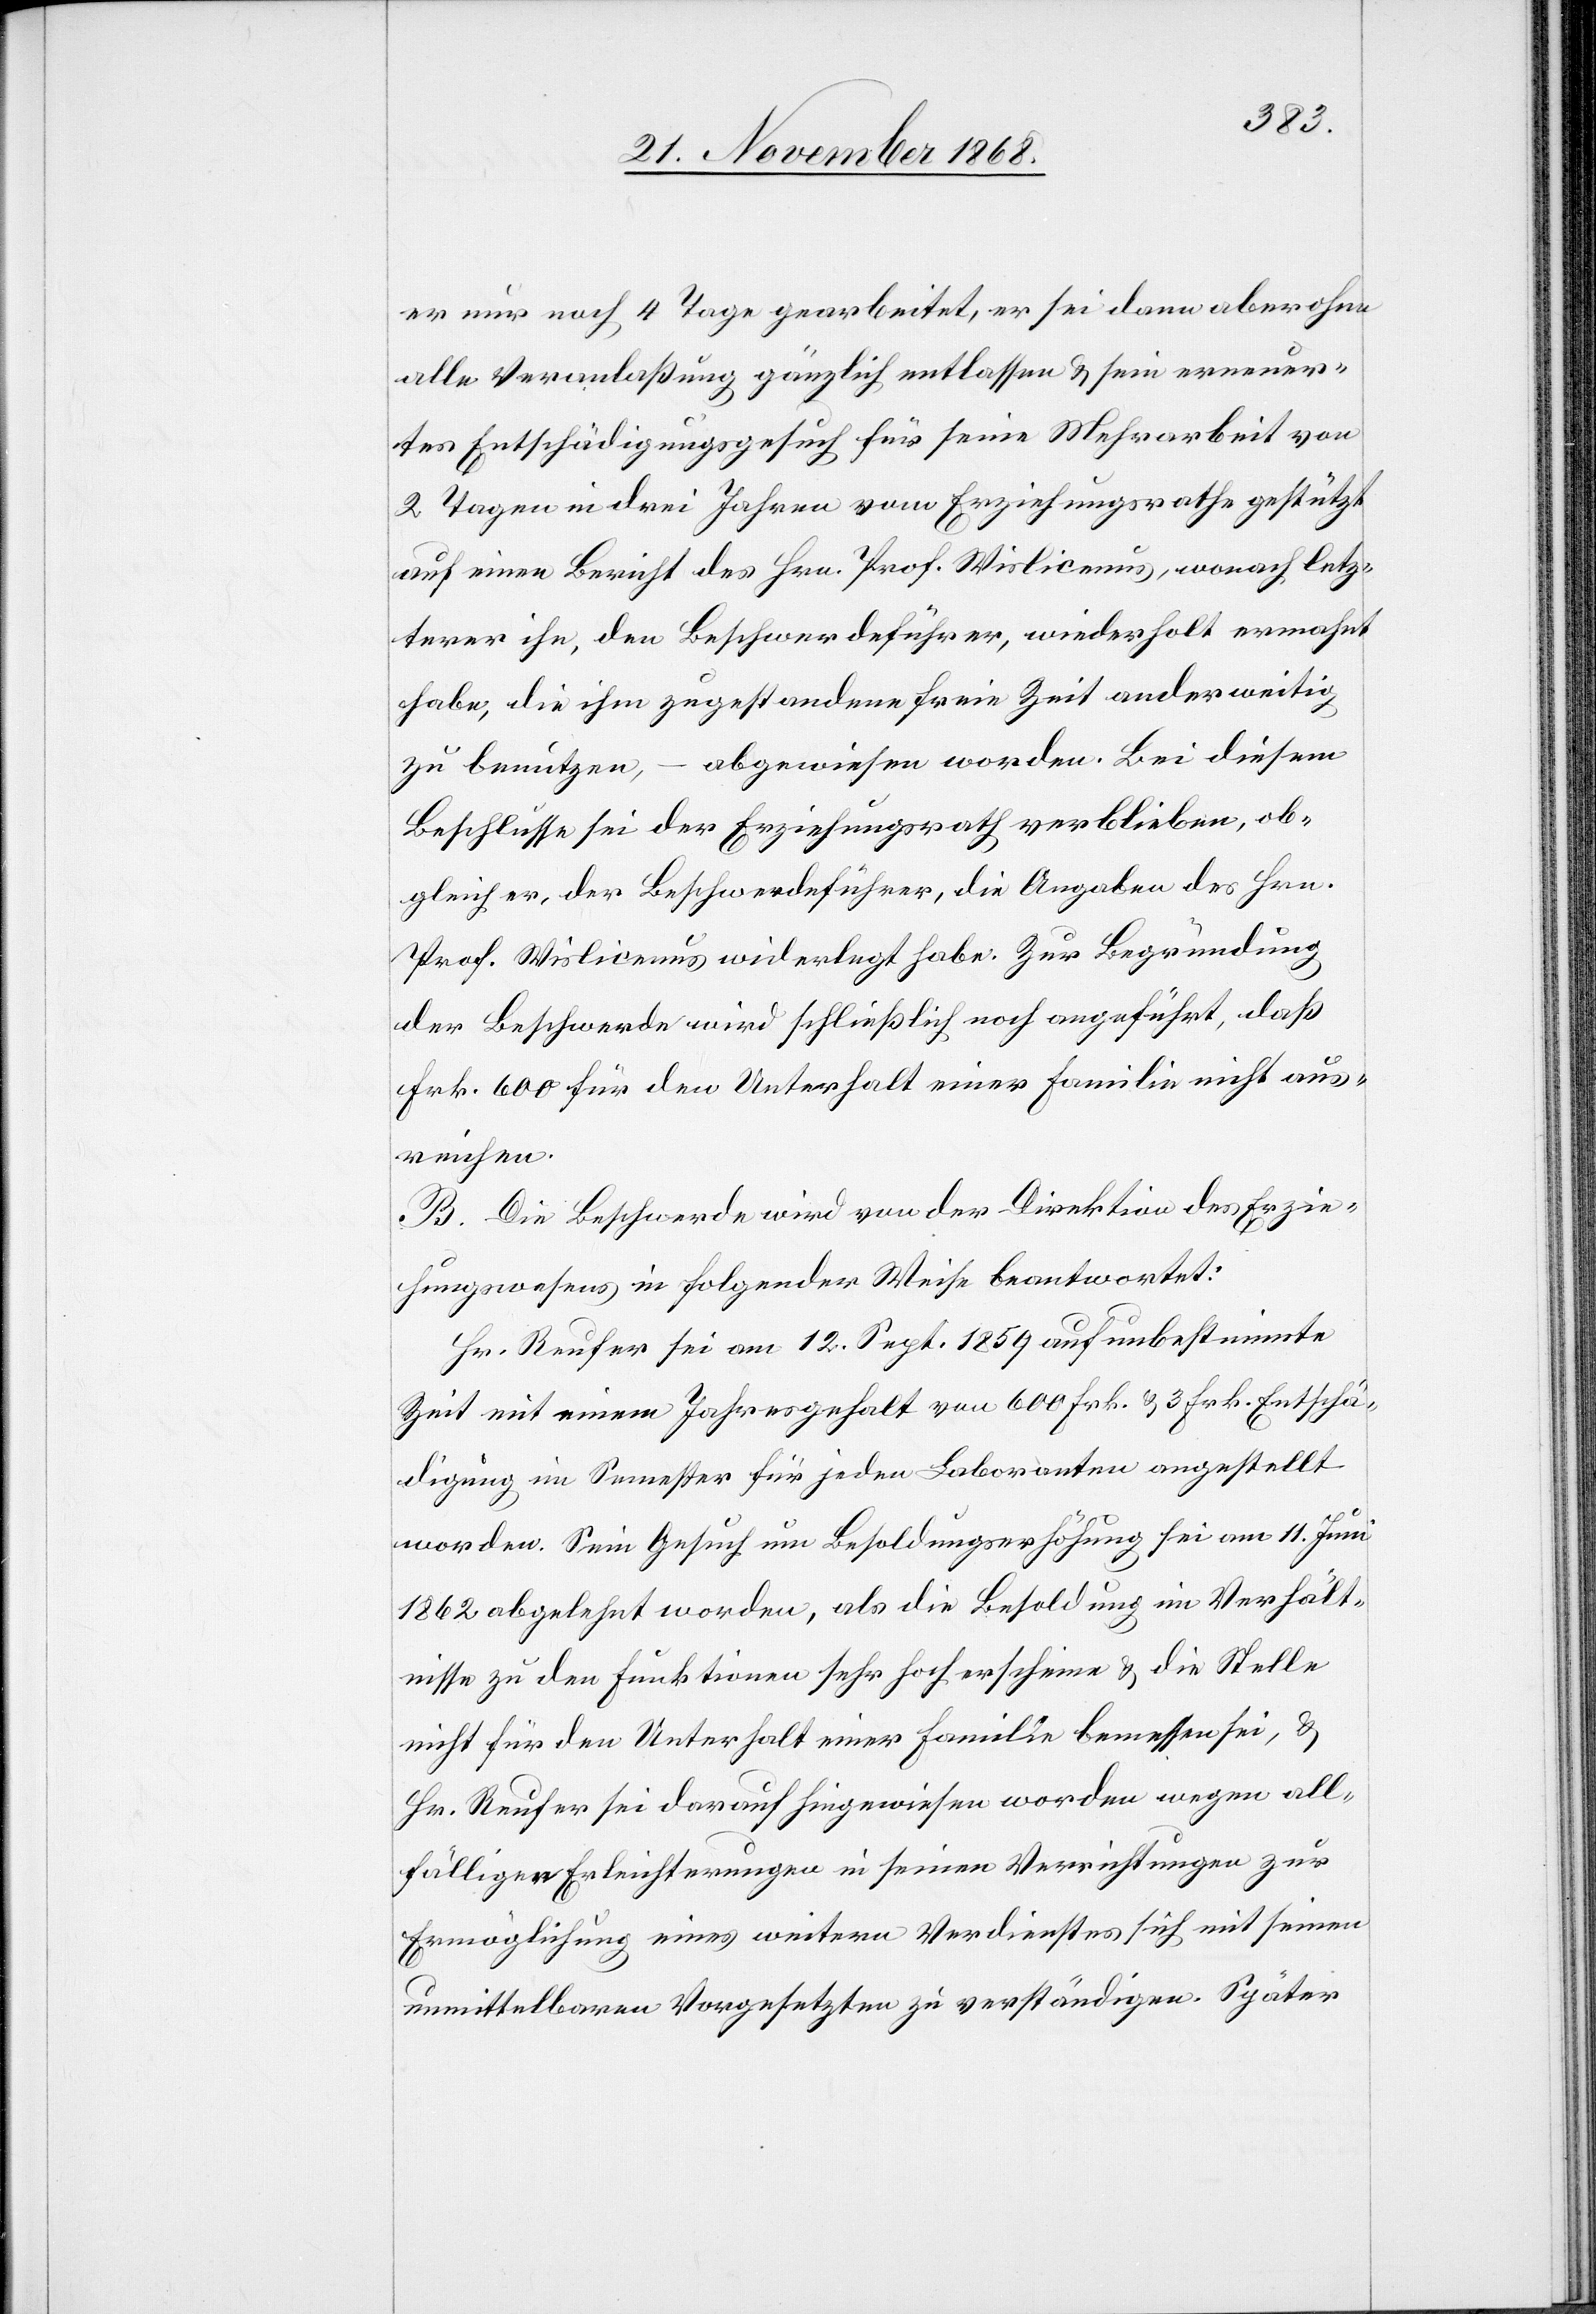
er nur noch 4 Tage gearbeitet, er sei dann aber ohne
alle Veranlaßung gänzlich entlassen & sein erneuer¬
tes Entschädigungsgesuch für seine Mehrarbeit von
2 Tagen in drei Jahren vom Erziehungsrathe gestützt
auf einen Bericht des Hrn. Prof. Wislicenus, wonach letz¬
terer ihn, den Beschwerdeführer, wiederholt ermahnt
habe, die ihm zugestandene freie Zeit anderweitig
zu benutzen, – abgewiesen worden. Bei diesem
Beschlusse sei der Erziehungsrath verblieben, ob¬
gleich er, der Beschwerdeführer, die Angaben des Hrn.
Prof. Wislicenus widerlegt habe. Zur Begründung
der Beschwerde wird schließlich noch angeführt, daß
Frk. 600 für den Unterhalt einer Familie nicht aus¬
reichen.
B. Die Beschwerde wird von der Direktion des Erzie¬
hungswesens in folgender Weise beantwortet:
Hr. Reufer sei am 12. Sept. 1859 auf unbestimmte
Zeit mit einem Jahresgehalt von 600 Frk. & 3 Frk. Entschä¬
digung im Semester für jeden Laboranten angestellt
worden. Sein Gesuch um Besoldungserhöhung sei am 11. Juni
1862 abgelehnt worden, als die Besoldung im Verhält¬
nisse zu den Funktionen sehr hoch erscheine & die Stelle
nicht für den Unterhalt einer Familie bemessen sei, &
Hr. Reufer sei darauf hingewiesen worden wegen all¬
fälliger Erleichterungen in seinen Verrichtungen zur
Ermöglichung eines weitern Verdienstes sich mit seinen
unmittelbaren Vorgesetzten zu verständigen. Später